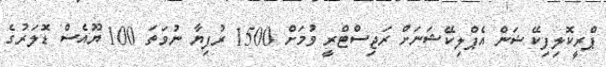
ޕްރީކޮލިފިކޭޝަން އެޕްލިކޭޝަނަށް ރަޖިސްޓްރީ ވުމަށް 1500 ރުފިޔާ ނުވަތަ 100 ޔޫއެސް ޑޮލަރުގެ